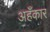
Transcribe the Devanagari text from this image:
अहँकार